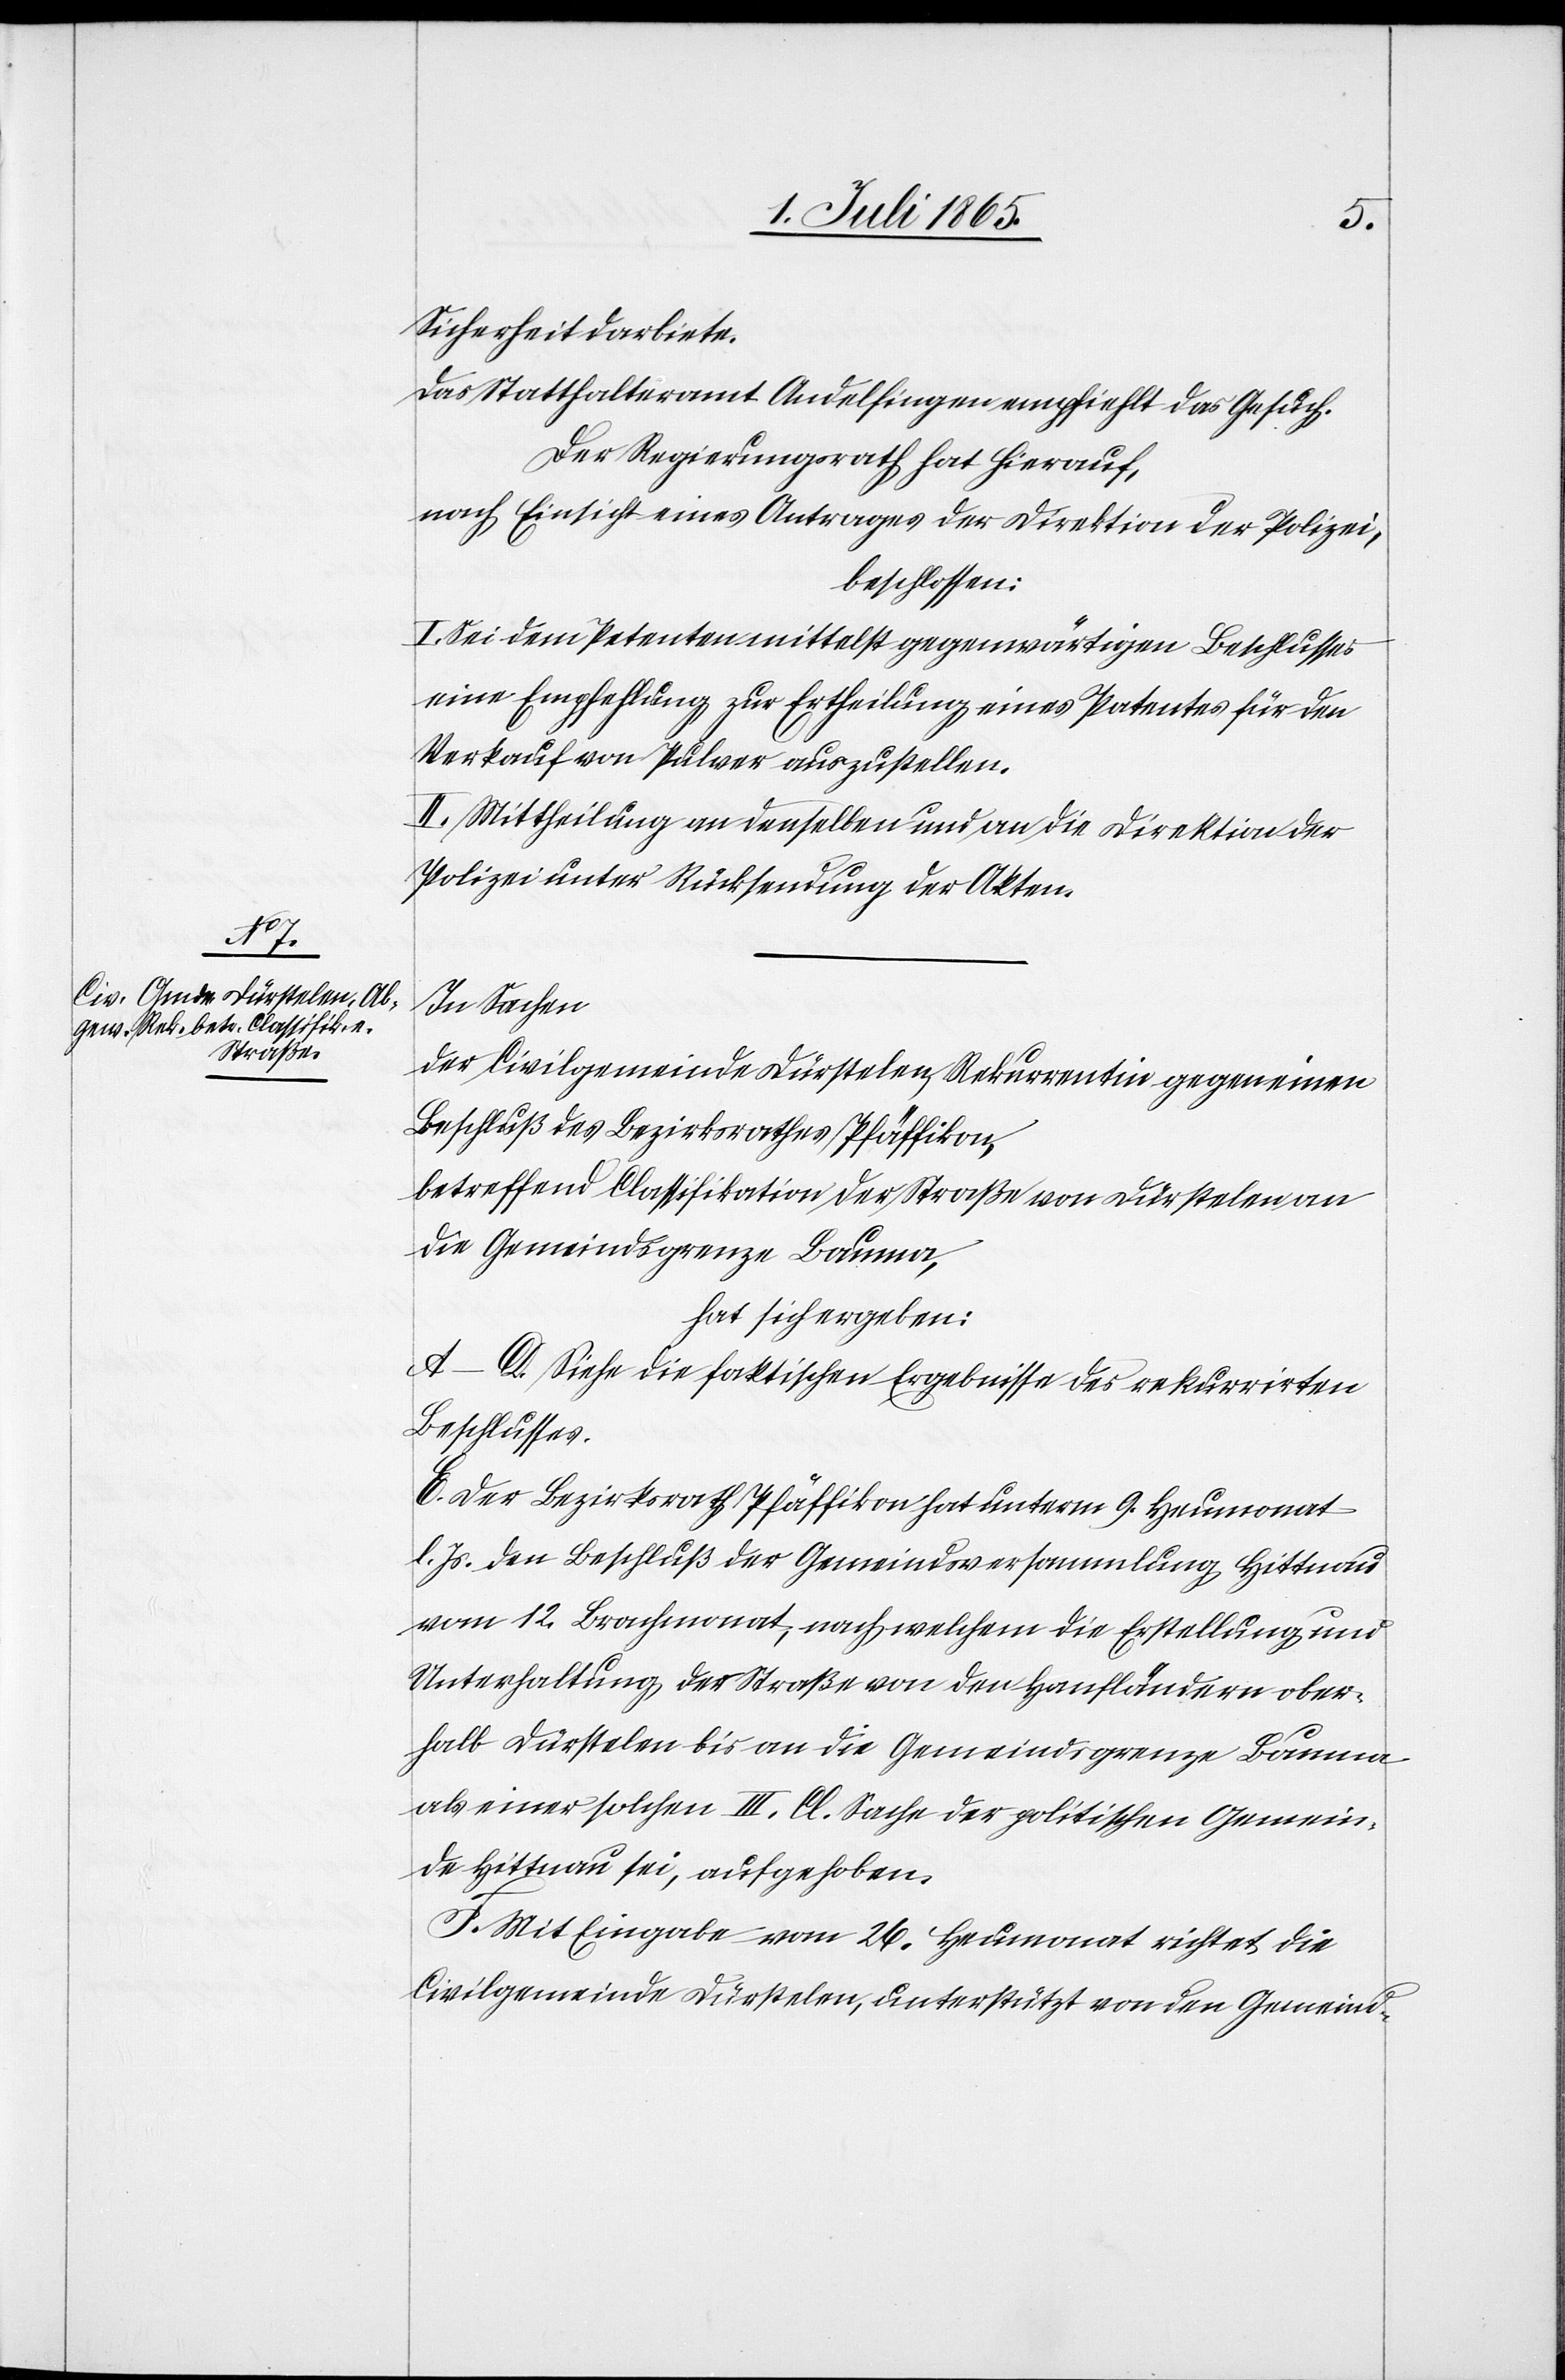
Sicherheit darbiete.
Das Statthalteramt Andelfingen empfiehlt das Gesuch.
Der Regierungsrath hat hierauf,
nach Einsicht eines Antrages der Direktion der Polizei,
beschlossen:
I. Sei dem Petenten mittelst gegenwärtigen Beschlusses
eine Empfehlung zur Ertheilung eines Patentes für den
Verkauf von Pulver auszustellen.
II. Mittheilung an denselben und an die Direktion der
Polizei unter Rücksendung der Akten.
In Sachen
der Civilgemeinde Dürstelen, Rekurrentin gegen einen
Beschluß des Bezirksrathes Pfäffikon,
betreffend Classifikation der Straße von Dürstelen an
die Gemeindsgrenze Bauma,
hat sich ergeben:
A–D. Siehe die faktischen Ergebnisse des rekurrirten
Beschlusses.
E. Der Bezirksrath Pfäffikon hat unterm 9. Heumonat
l. Js. den Beschluß der Gemeindsversammlung Hittnau
vom 12. Brachmonat, nach welchem die Erstellung und
Unterhaltung der Straße von den Hanfländern ober¬
halb Dürstelen bis an die Gemeindsgrenze Bauma
als einer solchen III. Cl. Sache der politischen Gemein¬
de Hittnau sei, aufgehoben.
F. Mit Eingabe vom 26. Heumonat richtet die
Civilgemeinde Dürstelen, unterstützt von den Gemeind-